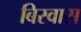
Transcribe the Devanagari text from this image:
बिस्‍वास